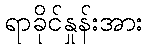
ရာခိုင်နှုန်းအား